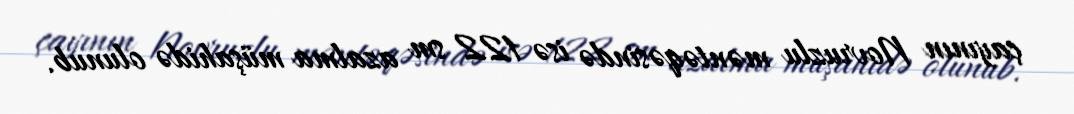
çayının Novruzlu məntəqəsində isə 122 sm azalma müşahidə olunub.